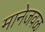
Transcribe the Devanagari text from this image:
मानेजवळ